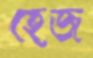
হেজ